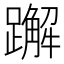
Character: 𬧕